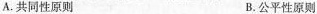
A. 共同性原则 B. 公平性原则